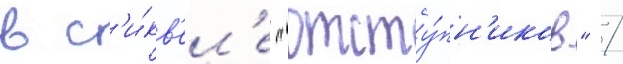
в с'и́кв'ел'е "отсту́пн'иков" /